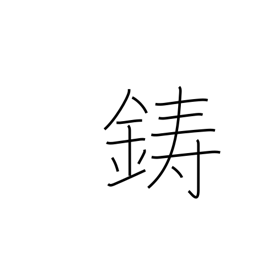
Meaning: mint